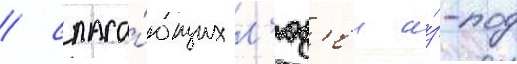
/ спаса́ющих л'юд'еи и́з-под